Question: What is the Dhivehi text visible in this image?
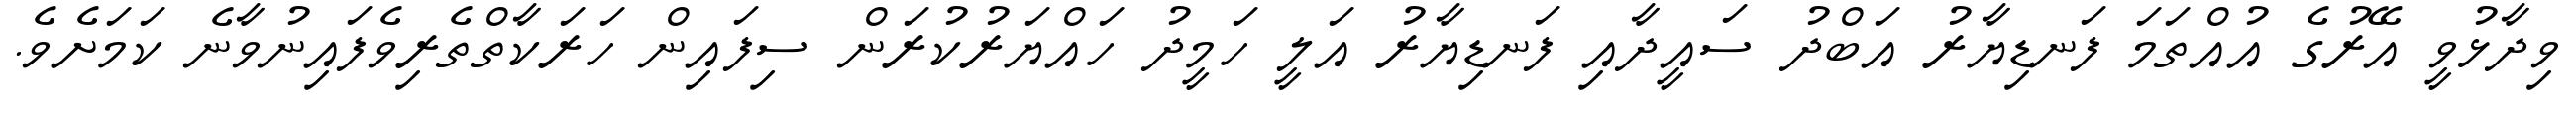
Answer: ވިދާޅުވީ އޭރުގެ އުއްތަމަ ފަނޑިޔާރު އަބްދު ސައީދާއި ފަނޑިޔާރު އަލީ ހަމީދު ހައްޔަރުކުރަން ސިފައިން ހަރަކާތްތެރިވެފައިނުވާނެ ކަމަށެވެ.